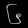
Digit: ၆